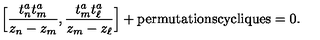
\Big [ \frac { t _ { n } ^ { a } t _ { m } ^ { a } } { z _ { n } - z _ { m } } , \frac { t _ { m } ^ { a } t _ { \ell } ^ { a } } { z _ { m } - z _ { \ell } } \Big ] + \mathrm { p e r m u t a t i o n s c y c l i q u e s } = 0 .